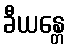
ခီယန္တေ